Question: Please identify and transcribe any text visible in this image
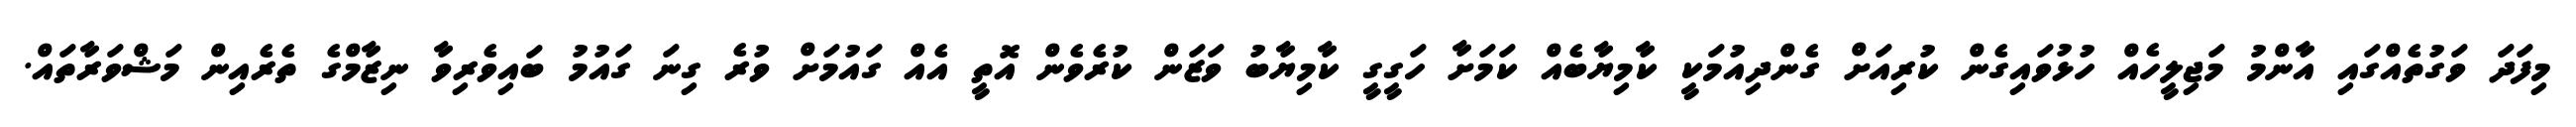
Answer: މިފަދަ ވަގުތެއްގައި އާންމު މަޖިލީހެއް ހުޅުވައިގެން ކުރިއަށް ގެންދިއުމަކީ ކާމިޔާބެއް ކަމަށާ ހަގީގީ ކާމިޔާބު ވަޒަން ކުރެވެން އޮތީ އެއް ގައުމަށް ވުރެ ގިނަ ގައުމު ބައިވެރިވާ ނިޒާމްގެ ތެރެއިން މަޝްވަރާތައް.